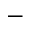
-